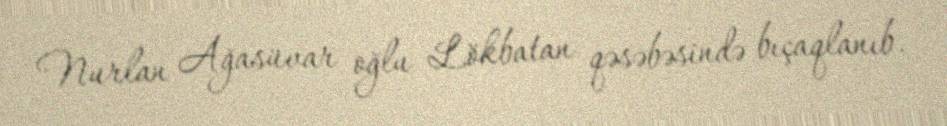
Nurlan Ağasüvar oğlu Lökbatan qəsəbəsində bıçaqlanıb.